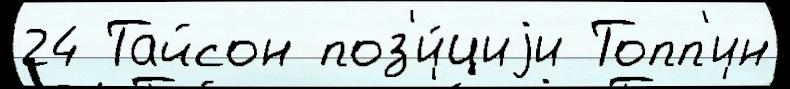
24 Тайсон поз'и́циjи Топп'ин